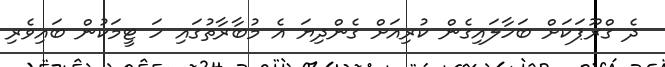
ދެ ގްރޫޕަކަށް ބަހާލައިގެން ކުރިއަށް ގެންދިޔަ އެ މުބާރާތުގައި ހަ ޓީމަކުން ބައިވެރި